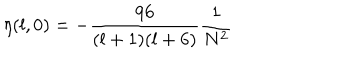
LaTeX: \eta ( l , 0 ) = - \frac { 9 6 } { ( l + 1 ) ( l + 6 ) } \frac { 1 } { N ^ { 2 } }